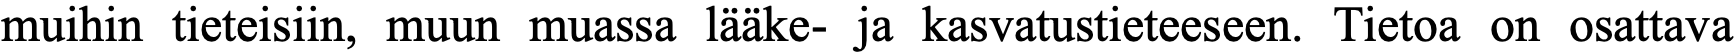
muihin tieteisiin, muun muassa lääke- ja kasvatustieteeseen. Tietoa on osattava